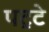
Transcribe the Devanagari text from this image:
पट॒टे